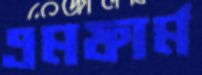
এমফার্ম